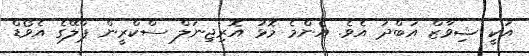
އަކީ ޝިވާޒް އަބްދު އެވެ. އެންމެ މޮޅު އޮރިޖިނަލް ސްކްރީން ޕްލޭގެ އެވޯޑް